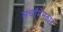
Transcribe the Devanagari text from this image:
सचॉमेनकाई